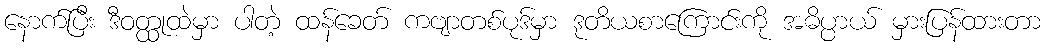
နောက်ပြီး ဒီဝတ္ထုထဲမှာ ပါတဲ့ ထန်ခေတ် ကဗျာတစ်ပုဒ်မှာ ဒုတိယစာကြောင်းကို အဓိပ္ပာယ် မှားပြန်ထားတာ